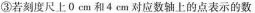
③若刻度尺上0 cm和4 cm对应数轴上的点表示的数